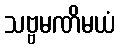
သဗ္ဗမဏိမယံ